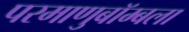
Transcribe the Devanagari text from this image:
परमाणुबॉम्बला